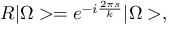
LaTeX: R | \Omega > = e ^ { - i \frac { 2 \pi s } { k } } | \Omega > ,